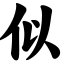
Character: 似